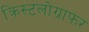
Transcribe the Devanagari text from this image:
क्रिस्टलोग्राफर